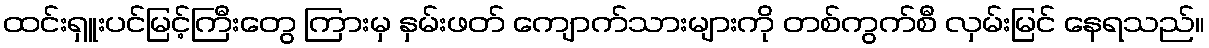
ထင်းရှူးပင်မြင့်ကြီးတွေ ကြားမှ နှမ်းဖတ် ကျောက်သားများကို တစ်ကွက်စီ လှမ်းမြင် နေရသည်။